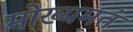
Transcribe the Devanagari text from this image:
मोख्यमतं